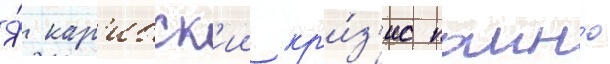
Я́ кар'ибск'ии кр'и́з'ис помн'ю